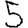
Digit: 5